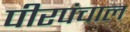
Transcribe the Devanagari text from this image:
पीरपंचाल